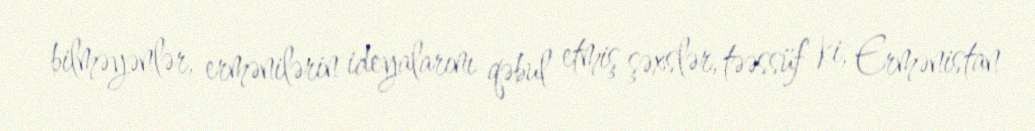
bilməyənlər, ermənilərin ideyalarını qəbul etmiş şəxslər, təəssüf ki, Ermənistan